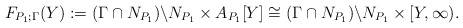
\begin{align*}F_{P_1;\Gamma}(Y):=(\Gamma\cap N_{P_1})\backslash N_{P_1}\times A_{P_1}[Y]\cong(\Gamma\cap N_{P_1})\backslash N_{P_1}\times [Y,\infty). \end{align*}